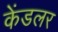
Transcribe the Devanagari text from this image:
केंडलर